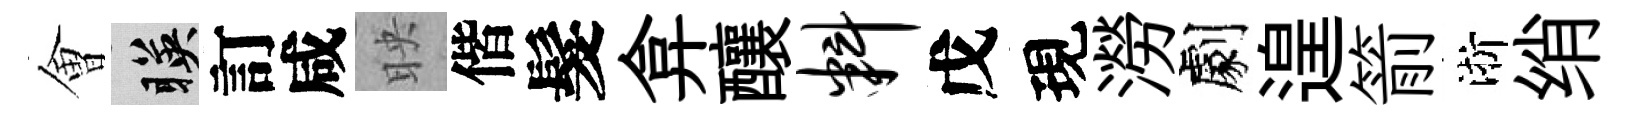
㑹暎訂咸映偕髮弇釀料戊現澇劇遑箭淅绡